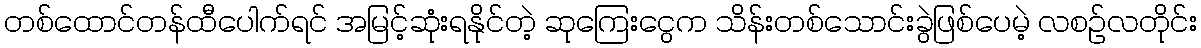
တစ်ထောင်တန်ထီပေါက်ရင် အမြင့်ဆုံးရနိုင်တဲ့ ဆုကြေးငွေက သိန်းတစ်သောင်းခွဲဖြစ်ပေမဲ့ လစဉ်လတိုင်း